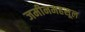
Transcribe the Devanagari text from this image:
जमीनमहसूल